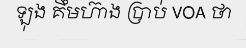
ឡុង គឹមហ៊ាង ប្រាប់ VOA ថា